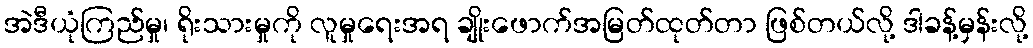
အဲဒီယုံကြည်မှု၊ ရိုးသားမှုကို လူမှုရေးအရ ချိုးဖောက်အမြတ်ထုတ်တာ ဖြစ်တယ်လို့ ဒါခန့်မှန်းလို့